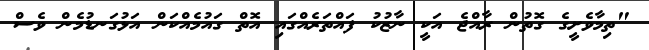
"ތިމާވެށީގެ ގޮތުން ރާއްޖެ އަކީ ނާޒުކު ފައްތަރެއްގައި އޮތް ގައުމެއްކަން އަޅުގަނޑުމެން ވެސް